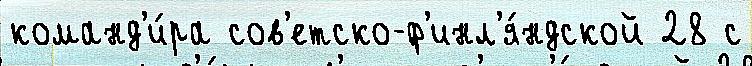
команд'и́ра сов'етско-ф'инл'я́ндской 28 с